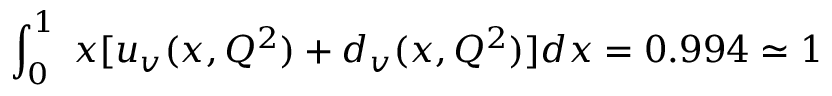
\int _ { 0 } ^ { 1 } \; x [ u _ { v } ( x , Q ^ { 2 } ) + d _ { v } ( x , Q ^ { 2 } ) ] d x = 0 . 9 9 4 \simeq 1